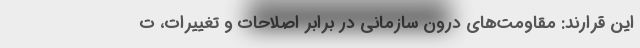
این قرارند: مقاومت‌های درون سازمانی در برابر اصلاحات و تغییرات، ت